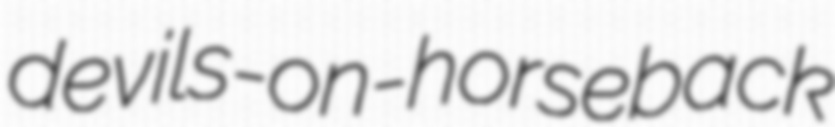
devils-on-horseback